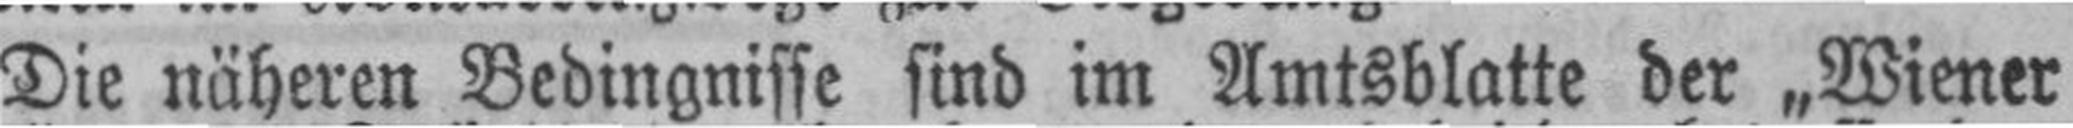
Die näheren Bedingnisse sind im Amtsblatte der „Wiener